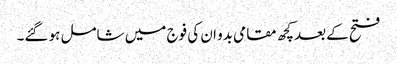
فتح کے بعدکچھ مقامی بدو ان کی فوج میں شامل ہو گئے۔